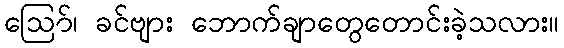
ဪ၊ ခင်ဗျား ဘောက်ချာတွေတောင်းခဲ့သလား။